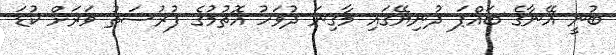
ބުނީ އޭނާގެ ބައްޕަ ދުނިޔޭގައި މާގިނަ ދުވަހު އޮތުމުގެ ފުރުސަތު ވަރަށް ކުޑަ